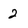
Character: 2